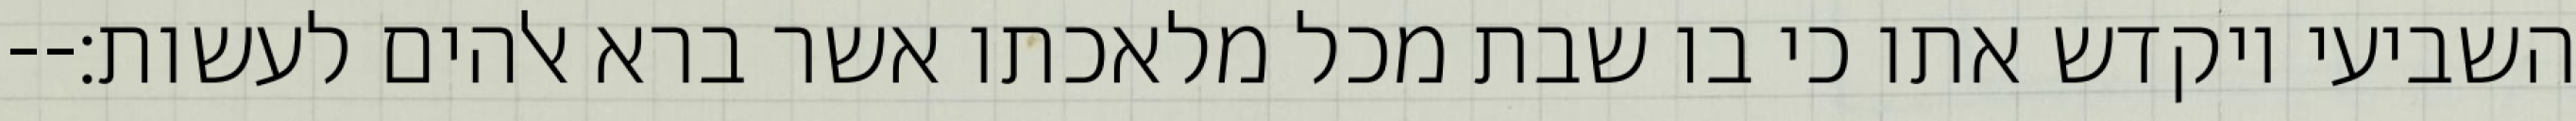
השביעי ויקדש אתו כי בו שבת מכל מלאכתו אשר ברא אלהים לעשות׃--